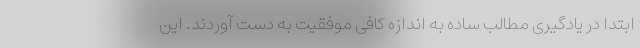
ابتدا در یادگیری مطالب ساده به اندازه کافی موفقیت به دست آوردند. این